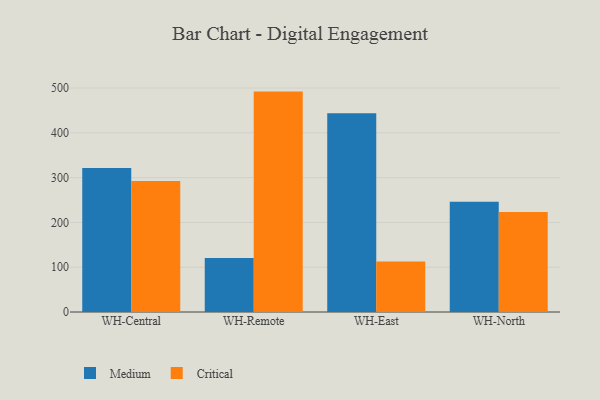
{"axis": {"x": "Warehouse", "y": "Tickets Resolved"}, "legend": ["Critical", "Medium"], "data": [{"x": "WH-Central", "y": 321.6, "type": "Medium"}, {"x": "WH-Central", "y": 292.2, "type": "Critical"}, {"x": "WH-Remote", "y": 120.8, "type": "Medium"}, {"x": "WH-Remote", "y": 492.0, "type": "Critical"}, {"x": "WH-East", "y": 443.9, "type": "Medium"}, {"x": "WH-East", "y": 113.0, "type": "Critical"}, {"x": "WH-North", "y": 246.0, "type": "Medium"}, {"x": "WH-North", "y": 223.4, "type": "Critical"}]}